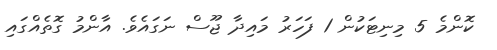
ކޮންމެ 5 މިނިޓަކުން 1 ފަހަރު މައިދާ ޖޫސް ނަގައެވެ. އާންމު ގޮތެއްގައި